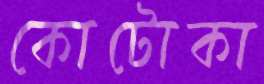
কোটোকা